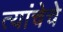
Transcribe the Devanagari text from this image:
त्यांचेचे